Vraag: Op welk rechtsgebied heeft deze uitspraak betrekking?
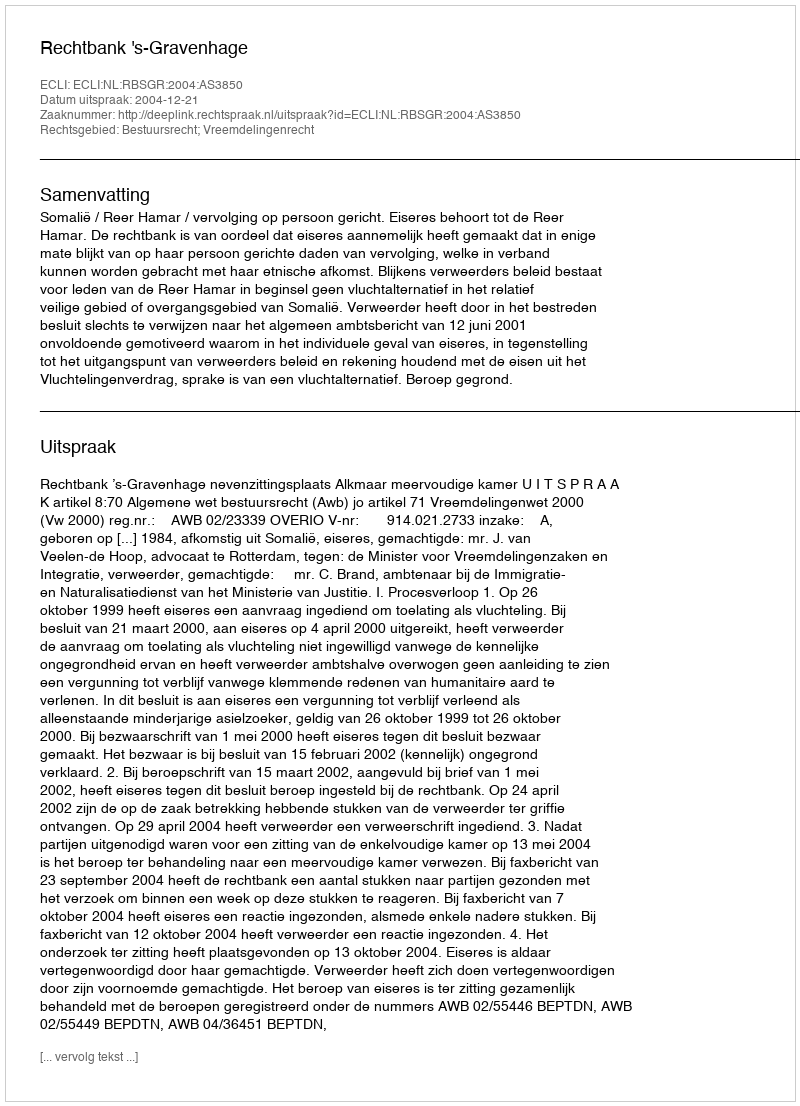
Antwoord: Bestuursrecht; Vreemdelingenrecht